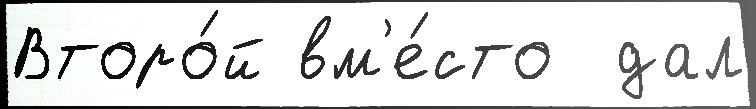
Второ́й вм'е́сто  дал